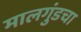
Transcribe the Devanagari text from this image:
मालगुंडचा